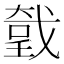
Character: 𢧤